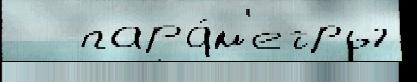
   пара́м'етры